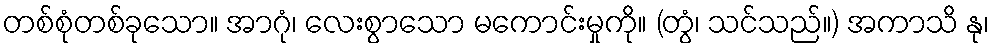
တစ်စုံတစ်ခုသော။ အာဂုံ၊ လေးစွာသော မကောင်းမှုကို။ (တွံ၊ သင်သည်။) အကာသိ နု၊